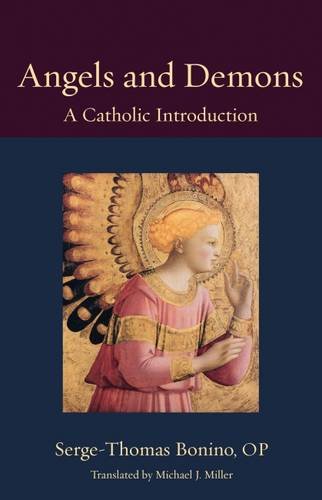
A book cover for Angels and Demons: A Catholic Introduction (Thomistic Ressourcement); Serge-Thomas Bonino OP; Religion & Spirituality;